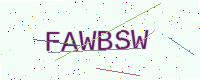
Text: FAWBSW